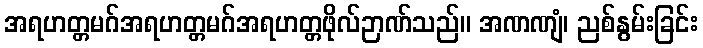
အရဟတ္တမဂ်အရဟတ္တမဂ်အရဟတ္တဖိုလ်ဉာဏ်သည်။ အဏဏျံ၊ ညစ်နွမ်းခြင်း